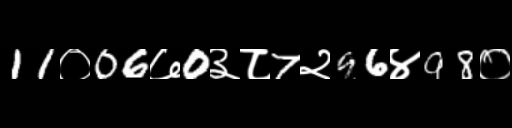
Text: 11०06७0३८7२96४98०